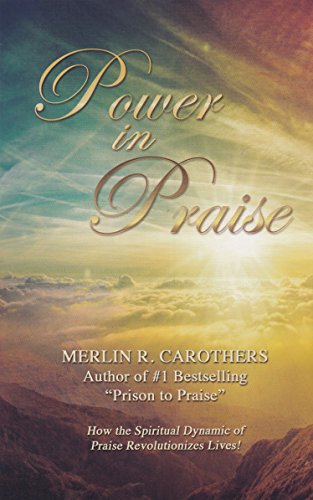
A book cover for Power in Praise; Merlin R. Carothers; Religion & Spirituality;